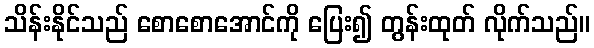
သိန်းနိုင်သည် စောစောအောင်ကို ပြေး၍ တွန်းထုတ် လိုက်သည်။